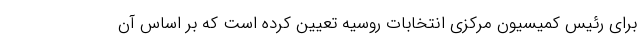
برای رئیس کمیسیون مرکزی انتخابات روسیه تعیین کرده است که بر اساس آن